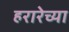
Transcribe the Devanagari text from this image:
हरारेच्या